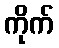
ကိုက်